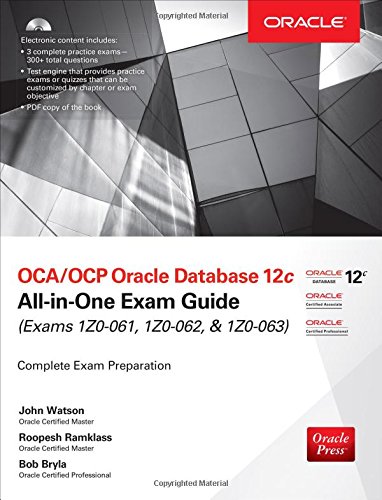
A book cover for OCA/OCP Oracle Database 12c All-in-One Exam Guide (Exams 1Z0-061, 1Z0-062, & 1Z0-063); John Watson; Computers & Technology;